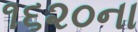
૧૬૨૦ના